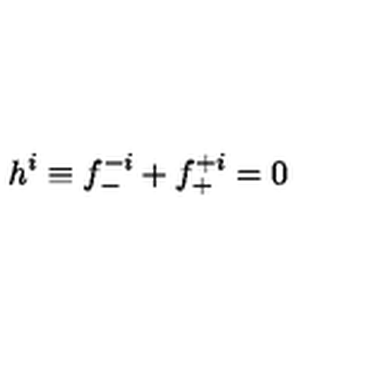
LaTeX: h ^ { i } \equiv f _ { - } ^ { - i } + f _ { + } ^ { + i } = 0